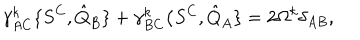
\gamma _ { A C } ^ { k } \{ S ^ { C } , { \hat { Q } } _ { B } \} + \gamma _ { B C } ^ { k } \{ S ^ { C } , { \hat { Q } } _ { A } \} = 2 \Omega ^ { k } \delta _ { A B } ,